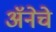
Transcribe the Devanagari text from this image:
अॅनेचे